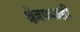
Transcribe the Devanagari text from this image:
क्षेत्रफळही